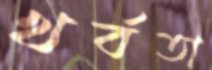
খর্বতা